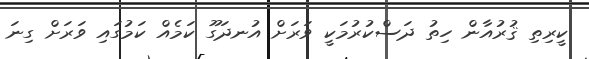
ކީރިތި ޤުރުއާން ހިތު ދަސްކުރުމަކީ ވަރަށް އުނދަގޫ ކަމެއް ކަމުގައި ވަރަށް ގިނަ